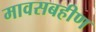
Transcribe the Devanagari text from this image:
मावसबहीण